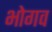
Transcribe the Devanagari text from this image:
भोगव